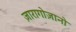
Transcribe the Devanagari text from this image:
ज़ारागोज़ानो